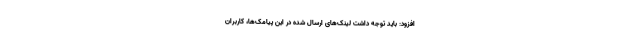
افزود: باید توجه داشت لینک‌های ارسال شده در این پیامک‌ها، کاربران